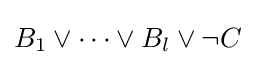
B_{1}\lor \cdots \lor B_{l}\lor \lnot C